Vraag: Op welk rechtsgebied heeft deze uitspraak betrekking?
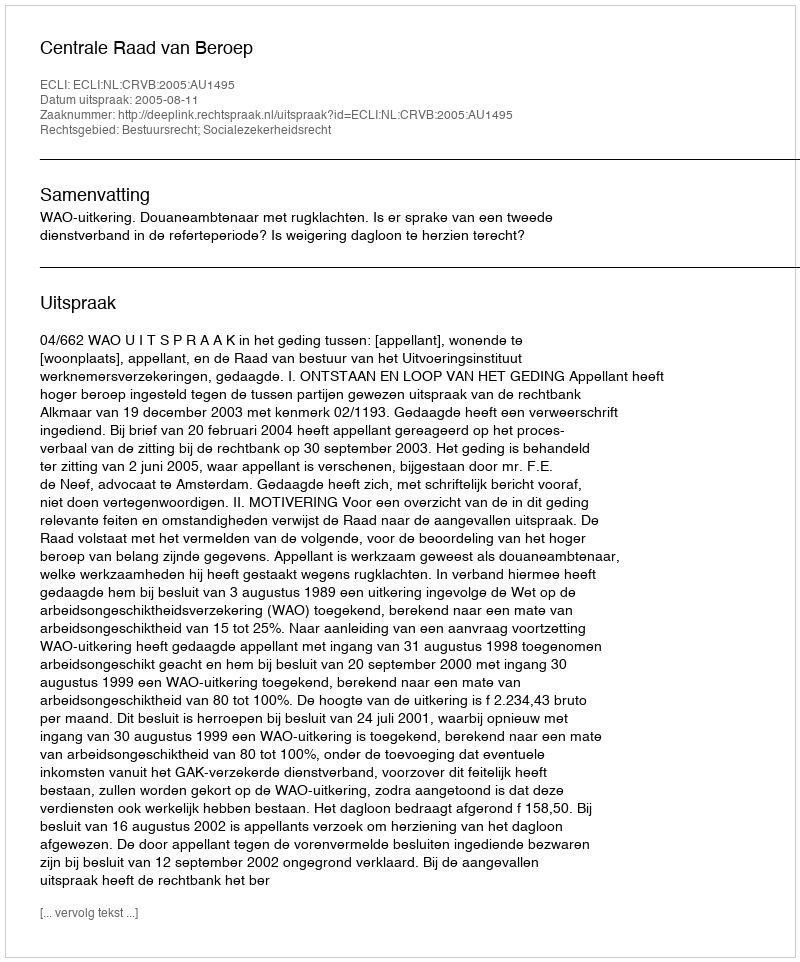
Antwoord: Bestuursrecht; Socialezekerheidsrecht